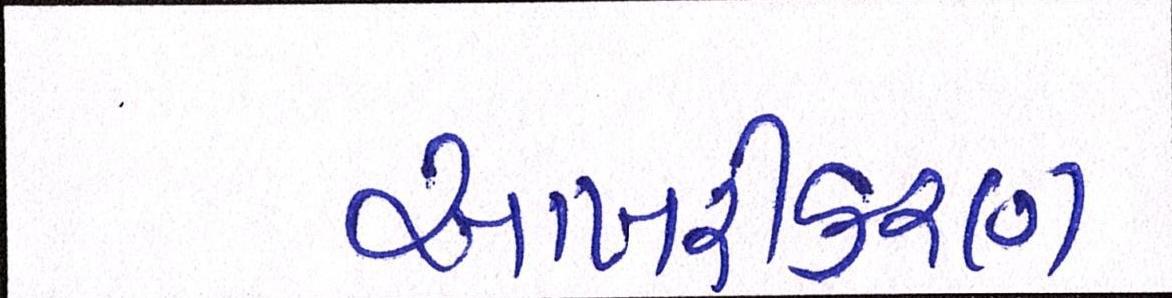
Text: આખરીકરણ